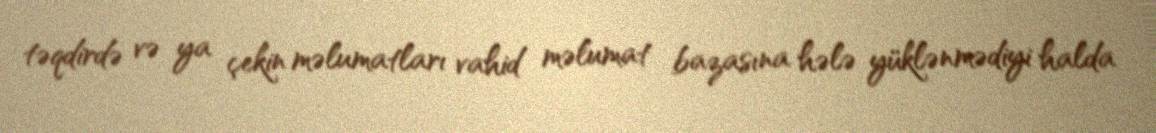
təqdirdə və ya çekin məlumatları vahid məlumat bazasına hələ yüklənmədiyi halda